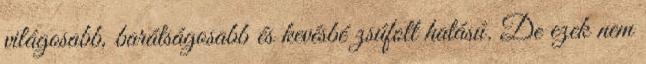
világosabb, barátságosabb és kevésbé zsúfolt hatású. De ezek nem